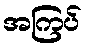
အကြပ်